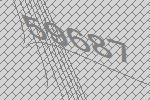
59687